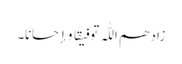
زادھم اللّٰہ توفیقًا و إحسانًا۔